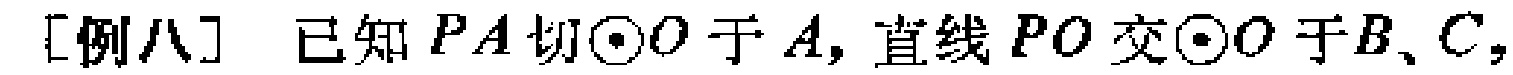
[例八] 已知 \(PA\) 切\(\odot O\) 于 \(A\)，直线 \(PO\) 交\(\odot O\) 于 \(B、C\)，